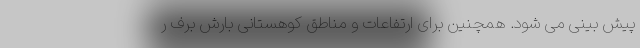
پیش بینی می شود. همچنین برای ارتفاعات و مناطق کوهستانی بارش برف ر